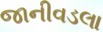
જાનીવડલા